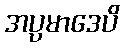
အပ္ပမာဒေပိ